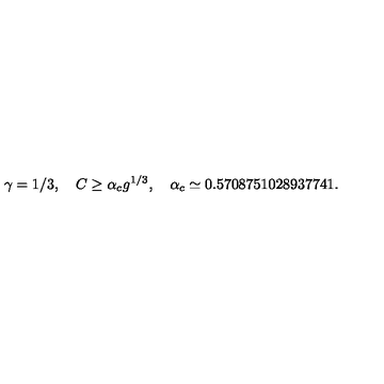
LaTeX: \gamma = 1 / 3 , \quad C \geq \alpha _ { c } g ^ { 1 / 3 } , \quad \alpha _ { c } \simeq 0 . 5 7 0 8 7 5 1 0 2 8 9 3 7 7 4 1 .